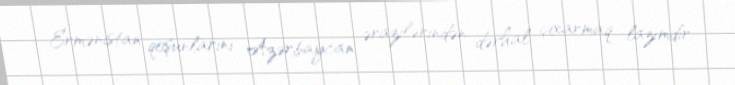
Ermənistan qoşunlarını Azərbaycan ərazilərindən dərhal çıxarmaq lazımdır.